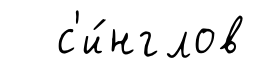
с'и́нглов